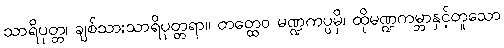
သာရိပုတ္တ၊ ချစ်သားသာရိပုတ္တရာ။ တတ္ထေဝ မဏ္ဍကပ္ပမှိ၊ ထိုမဏ္ဍကမ္ဘာနှင့်တူသော